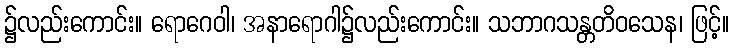
၌လည်းကောင်း။ ရောဂေဝါ၊ အနာရောဂါ၌လည်းကောင်း။ သဘာဂသန္တတိဝသေန၊ ဖြင့်။